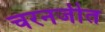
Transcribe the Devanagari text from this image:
चरनजीत